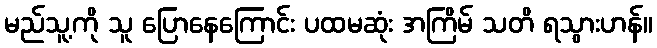
မည်သူ့ကို သူ ပြောနေကြောင်း ပထမဆုံး အကြိမ် သတိ ရသွားဟန်။